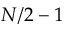
N / 2 - 1